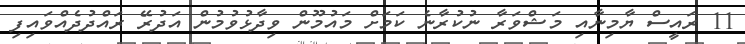
11 ރައީސް ޔާމިނާއި މަޝްވަރާ ނުކުރާނެ ކަމަށް މައުމޫން ވިދާޅުވުމުން އަދުރޭ ރައްދުދެއްވައިފި